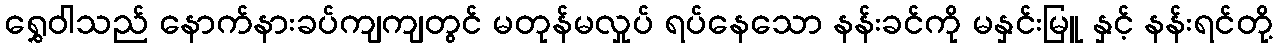
ရွှေဝါသည် နောက်နားခပ်ကျကျတွင် မတုန်မလှုပ် ရပ်နေသော နန်းခင်ကို မနှင်းမြူ နှင့် နန်းရင်တို့